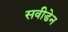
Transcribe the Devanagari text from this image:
सवीडेन